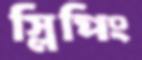
স্লিপিং